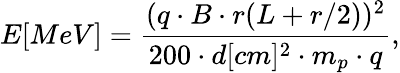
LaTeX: E[MeV]=\frac{(q\cdot B\cdot r(L+r/2))^{2}}{200\cdot d[cm]^{2}\cdot m_{p}\cdot q},